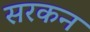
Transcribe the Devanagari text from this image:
सरकन